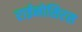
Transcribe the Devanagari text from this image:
राईनोसिरस